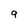
Character: 9